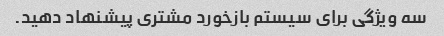
سه ویژگی برای سیستم بازخورد مشتری پیشنهاد دهید.